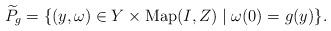
LaTeX: \begin{align*} \widetilde{P}_{g}=\{(y,\omega)\in Y\times\mbox{\rm Map}(I,Z)\mid \omega(0)=g(y)\}.\end{align*}